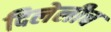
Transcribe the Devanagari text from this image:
दिलेलीच